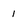
Character: 1